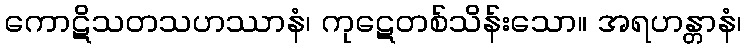
ကောဋိသတသဟဿာနံ၊ ကုဋေတစ်သိန်းသော။ အရဟန္တာနံ၊